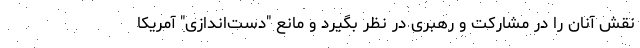
نقش آنان را در مشارکت و رهبری در نظر بگیرد و مانع "دست‌اندازی" آمریکا